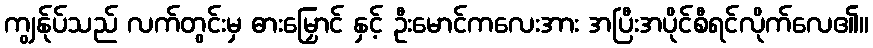
ကျွန်ုပ်သည် လက်တွင်းမှ ဓားမြှောင် နှင့် ဦးမောင်ကလေးအား အပြီးအပိုင်စီရင်လိုက်လေ၏။